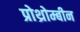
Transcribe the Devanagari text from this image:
प्रोथ्रोम्बीन